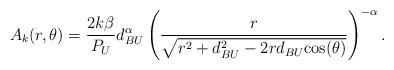
LaTeX: \begin{align*} A_k(r,\theta) = \frac{2k\beta}{P_U} d^\alpha_{BU}\left(\frac{r}{\sqrt{r^2+d_{BU}^2-2rd_{BU}\textrm{cos}(\theta)}}\right)^{-\alpha}.\end{align*}